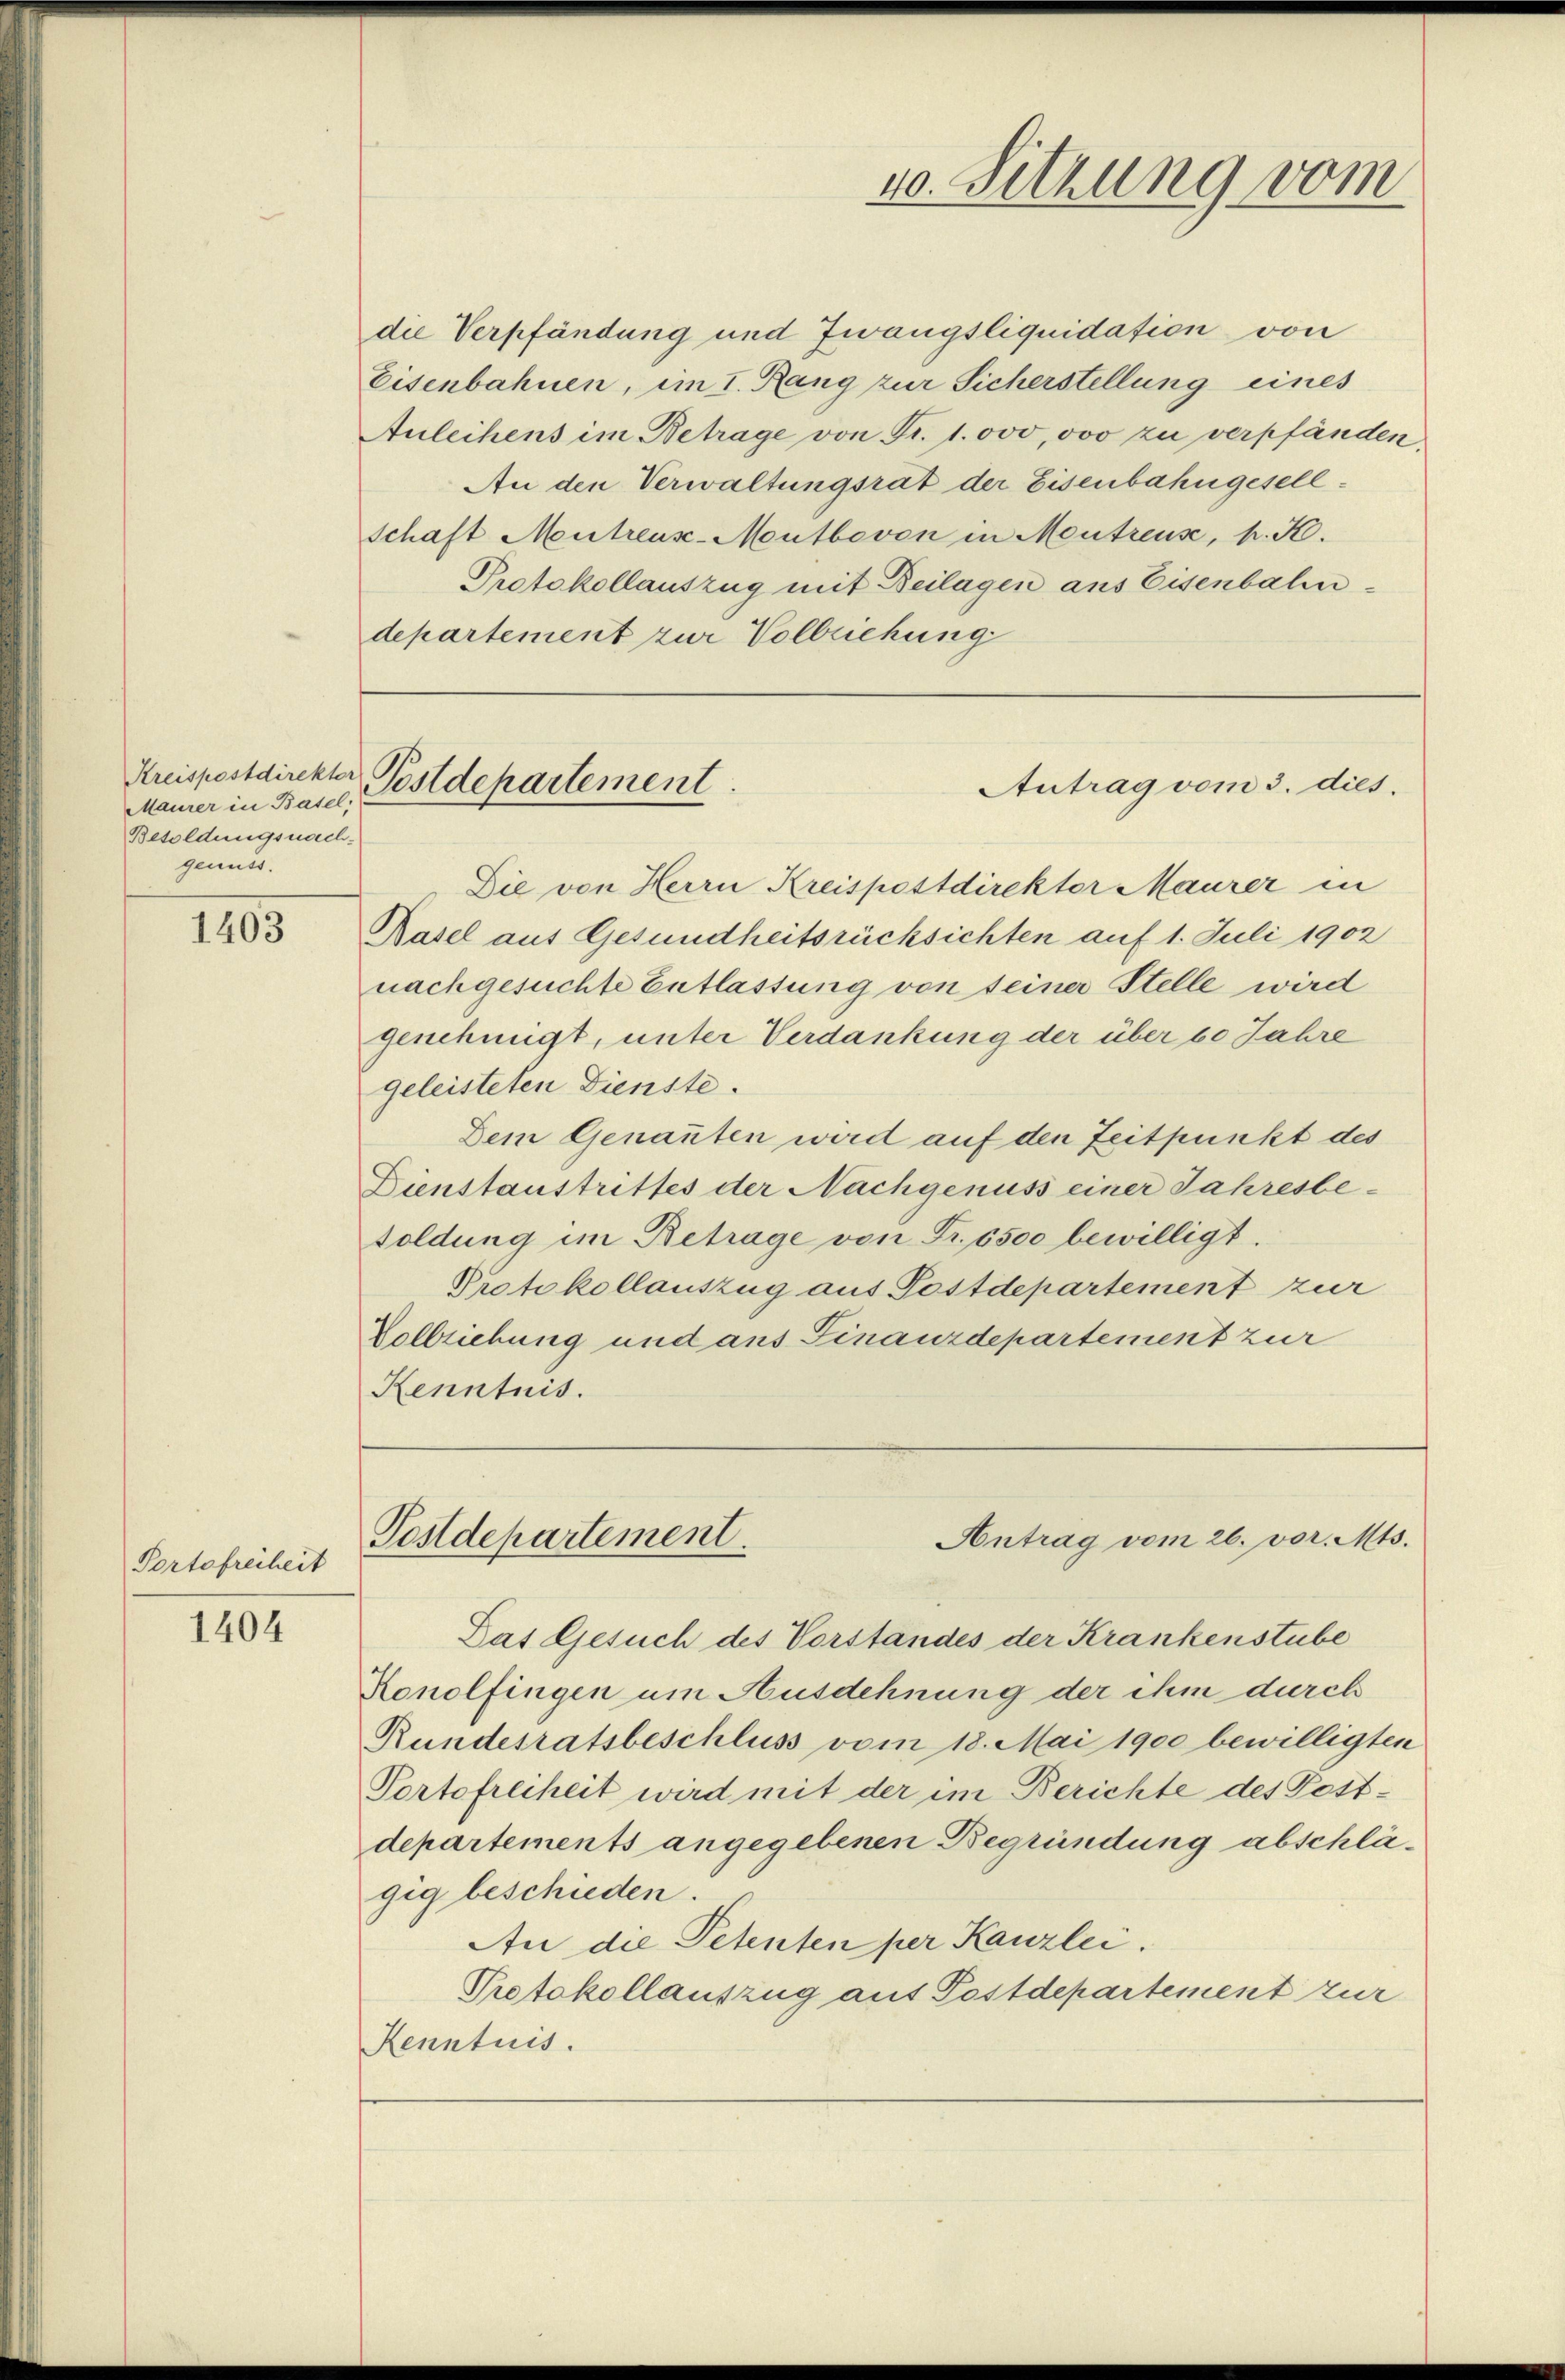
Kreispostdirekter
Maurer in Basel;
Besoldungsnach-
genuss.

1403

Portofreiheit

1404

die Verpfändung und Zwangsliquidation von
Eisenbahnen, im I. Rang zur Sicherstellung eines
Auleihens im Betrage von Fr. 1. 000,000 zu verpfänden,
An den Verwaltungsrat der Eisenbahngesell¬
Schaft Mutreus-Meutbevon in Mentreuse, p. K.
Protokollauszug mit Beilagen aus Eisenbahndepartement zur Vollziehung

Postdepartement.

40. Sitzung vom

Die von Herrn Kreispostdirektor Maurer in
Basel aus Gesundheitsrücksichten auf 1. Juli 1902
nachgesuchte Entlastung von seiner Stelle wird
genehmigt, unter Verdankung der über 60 Jahre
geleisteten Dienste.
Dein Genannten wird auf den Zeitpunkt des
Dienstaustrittes der Nachgenuss einer Jahresbe-
soldung im Betrage von Fr. 6500 bewilligt.
Protokollauszug aus Postdepartement zur
Vollziehung und aus Finanzdepartement zur
Kenntnis.

Antrag vom 3. dies.

Postdepartement.
Antrag vom 26. vor. Mts.

Das Gesuch des Vorstandes der Krankenstube
Konolfingen um Ausdehnung der ihm durch
Rundesratsbeschluss vom 18. Mai 1900 bewilligten
Portofreiheit wird mit der im Berichte des Postdepartements angegebenen Begründung abschlägig beschieden.
An die Petenten per Kanzlei.
Protokollauszug aus Postdepartement zur
Kenntnis.